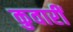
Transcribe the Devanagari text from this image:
कुवारीं